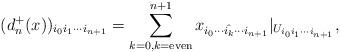
LaTeX: \begin{align*}(d_n^+(x))_{i_0i_1\cdots i_{n+1}}=\sum_{k=0,k=\textrm{even}}^{n+1} x_{i_0\cdots \hat{i_k}\cdots i_{n+1}}|_{U_{i_0i_1\cdots i_{n+1}}},\end{align*}